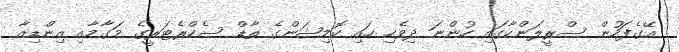
އޭގެފަހުން ސްރީލަންކާގައި ހުންނަ ދިވެހި ހައި ކޮމިޝަންގެ ތާޑް ސެކްރެޓަރީގެ މަގާމާއި އިންޑިއާ